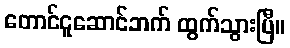
တောင်ငူဆောင်ဘက် ထွက်သွားပြီ။